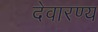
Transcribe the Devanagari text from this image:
देवारण्य